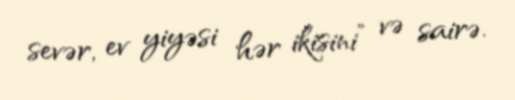
sevər, ev yiyəsi hər ikisini” və sairə.